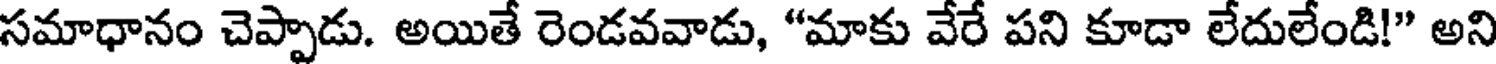
సమాధానం చెప్పాడు. అయితే రెండవవాడు, "మాకు వేరే పని కూడా లేదులేండి!" అని